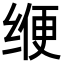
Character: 缏